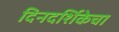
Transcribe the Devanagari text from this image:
दिनदर्शिकेचा